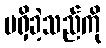
မရှိခဲ့သည်ကို